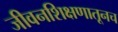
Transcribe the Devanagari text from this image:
जीवनशिक्षणातूनच